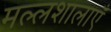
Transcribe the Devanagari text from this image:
मल्लशालाएँ